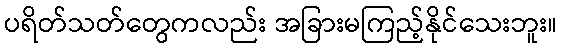
ပရိတ်သတ်တွေကလည်း အခြားမကြည့်နိုင်သေးဘူး။